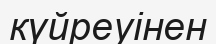
күйреуінен